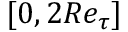
[ 0 , 2 R e _ { \tau } ]